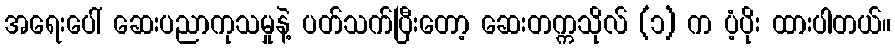
အရေးပေါ် ဆေးပညာကုသမှုနဲ့ ပတ်သက်ပြီးတော့ ဆေးတက္ကသိုလ် (၁) က ပံ့ပိုး ထားပါတယ်။